Vaccination Hyderabad 1872-1889 - 1872-1889
Year: 1872
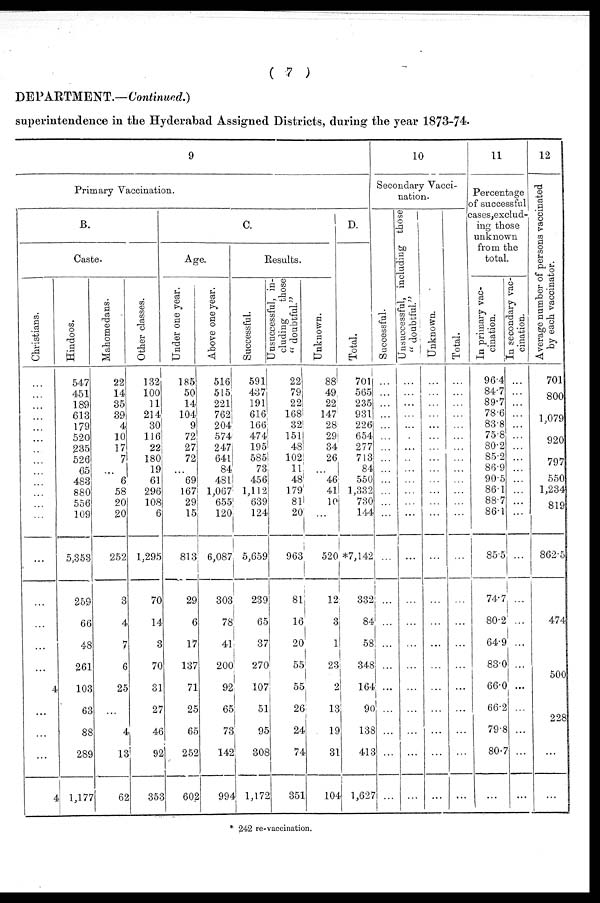
( 7 )
DEPARTMENT.—Continued.)
superintendence in the Hyderabad Assigned Districts, during the year 1873-74.
9
Primary Vaccination.
B.
Caste.
Christians.
...
...
...
...
...
...
...
...
...
...
...
...
...
...
...
...
...
...
4
...
...
...
4
Hindoos.
547
451
189
613
179
520
235
526
65
483
880
556
109
5,353
259
66
48
261
103
63
88
289
1,177
Mahomedans.
22
14
35
39
4
10
17
7
...
6
58
20
20
252
3
4
7
6
25
...
4
13
62
Other classes.
132
100
11
214
30
116
22
180
19
61
296
108
6
1,295
70
14
3
70
31
27
46
92
353
C.
Age.
Under one year.
185
50
14
104
9
72
27
72
...
69
167
29
15
813
29
6
17
137
71
25
65
252
602
Above one year.
516
515
221
762
204
574
247
641
84
481
1,067
655
120
6,087
303
78
41
200
92
65
73
142
994
Results.
Successful.
591
437
191
616
166
474
195
585
73
456
1,112
639
124
5,659
239
65
37
270
107
51
95
308
1,172
Unsuccessful, in-
cluding
those
" doubtful"
22
79
22
168
32
151
48
102
11
48
179
81
20
963
81
16
20
55
55
26
24
74
351
Unknown.
88
49
22
147
28
29
34
26
...
46
41
10
...
520
12
3
1
23
2
13
19
31
104
D.
Total.
701
565
235
931
226
654
277
713
84
550
1,332
730
144
*7,142
332
84
58
348
164
90
138
413
1,627
10
Secondary Vacci-
nation.
Successful.
...
...
...
...
...
...
...
...
...
...
...
...
...
...
...
...
...
...
...
...
...
...
...
Unsuccessful, including those
" doubtful."
...
...
...
...
...
...
...
...
...
...
...
...
...
...
...
...
...
...
...
...
...
...
...
Unknown.
...
...
...
...
...
...
...
...
...
...
...
...
...
...
...
...
...
...
...
...
...
...
...
Total.
...
...
...
...
...
...
...
...
...
...
...
...
...
...
...
...
...
...
...
...
...
...
...
11
Percentage
of successful
cases,exclud¬
ing those
unknown
from the
total.
In primary vac-
cination.
96.4
84.7
89.7
78.6
83.8
75.8
80.2
85.2
86.9
90.5
86.1
88.7
86.1
85.5
74.7
80.2
64.9
83.0
66.0
66.2
79.8
80.7
...
In secondary vac-
cination.
...
...
...
...
...
...
...
...
...
...
...
...
...
...
...
...
...
...
...
...
...
...
...
12
Average number of persons vaccinated
by each vaccinator.
701
800
1,079
920
797
550
1,234
819
862.5
474
500
228
...
...
* 242 re-vaccination.